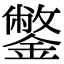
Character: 鐅